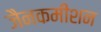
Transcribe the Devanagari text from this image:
जैनकमीशन